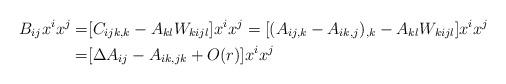
LaTeX: \begin{align*} B_{ij}x^ix^j =& [C_{ijk,k}-A_{kl}W_{kijl}]x^ix^j=[(A_{ij,k}-A_{ik,j})_{,k}-A_{kl}W_{kijl}]x^ix^j \\ =& [\Delta A_{ij}-A_{ik,jk}+O(r)]x^ix^j\end{align*}